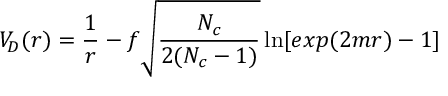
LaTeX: V _ { D } ( r ) = { \frac { 1 } { r } } - f \sqrt { \frac { N _ { c } } { 2 ( N _ { c } - 1 ) } } \ln [ e x p ( 2 m r ) - 1 ] \qquad